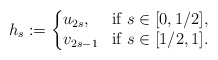
\begin{align*}h_s:=\left\{ \begin{array}{@{}ll} u_{2s}, & \mbox{if }s\in[0,1/2], \\ v_{2s-1} & \mbox{if }s\in[1/2,1]. \end{array}\right.\end{align*}